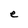
Character: e